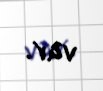
var.